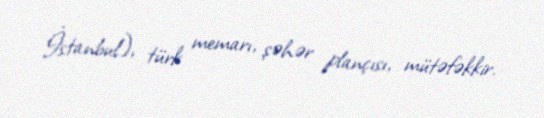
İstanbul), türk memarı, şəhər plançısı, mütəfəkkir.